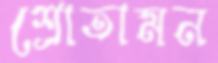
শ্রোতামন